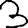
Digit: 3